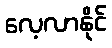
လေ့လာနိုင်